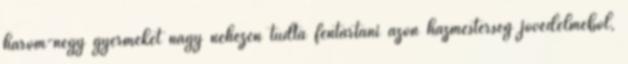
három-négy gyermekét nagy nehezen tudta fentartani azon házmesterség jövedelméből,